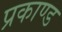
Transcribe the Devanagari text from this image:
प्रकाण्‍ड